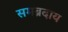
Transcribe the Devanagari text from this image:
समब्रदाय